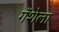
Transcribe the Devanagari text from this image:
गॅशेला